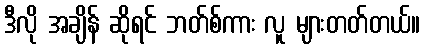
ဒီလို အချိန် ဆိုရင် ဘတ်စ်ကား လူ များတတ်တယ်။